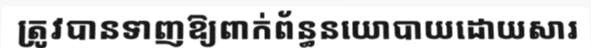
ត្រូវបានទាញឱ្យពាក់ព័ន្ធនយោបាយដោយសារ